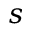
s